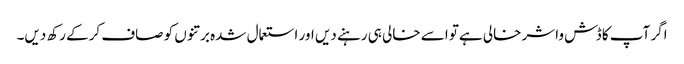
اگر آپ کا ڈش واشر خالی ہےتو اسے خالی ہی رہنے دیں اور استعمال شدہ برتنوں کو صاف کرکے رکھ دیں۔